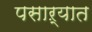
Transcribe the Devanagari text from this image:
पसाऱ्यात